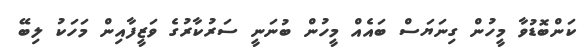
ކަންބޮޑުވާ މީހުން ގިނަޔަސް ބައެއް މީހުން ބުނަނީ ސަރުކާރުގެ ވަޒީފާއިން މަހަކު ލިބޭ